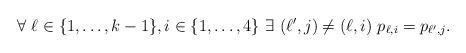
LaTeX: \begin{align*}\forall~ \ell \in\{1, \dots, k-1\}, i\in \{1,\ldots,4\} ~ \exists ~(\ell',j) \neq (\ell, i)~ p_{\ell,i}=p_{\ell',j}.\end{align*}